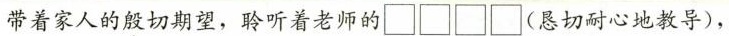
带着家人的殷切期望，聆听着老师的\square \square \square \square(恳切耐心地教导)，